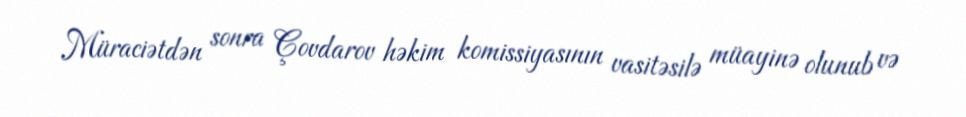
Müraciətdən sonra Çovdarov həkim komissiyasının vasitəsilə müayinə olunub və